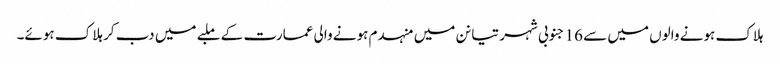
ہلاک ہونے والوں میں سے 16 جنوبی شہر تیانن میں منہدم ہونے والی عمارت کے ملبے میں دب کر ہلاک ہوئے۔